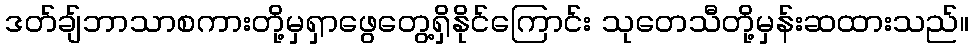
ဒတ်ချ်ဘာသာစကားတို့မှရှာဖွေတွေ့ရှိနိုင်ကြောင်း သုတေသီတို့မှန်းဆထားသည်။